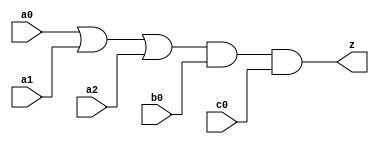
//#############################################################################
//# Function: Or-And (oa311) Gate                                             #
//# Copyright: Lambda Project Authors. All rights Reserved.                   #
//# License:  MIT (see LICENSE file in Lambda repository)                     #
//#############################################################################

module la_oa311 #(
    parameter PROP = "DEFAULT"
) (
    input  a0,
    input  a1,
    input  a2,
    input  b0,
    input  c0,
    output z
);

    assign z = (a0 | a1 | a2) & b0 & c0;

endmodule